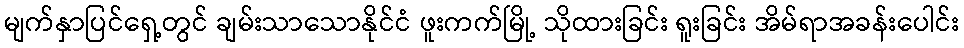
မျက်နှာပြင်ရှေ့တွင် ချမ်းသာသောနိုင်ငံ ဖူးကက်မြို့ သိုထားခြင်း ရူးခြင်း အိမ်ရာအခန်းပေါင်း